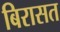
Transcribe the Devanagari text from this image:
बिरासत